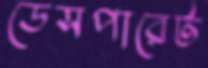
ডেসপারেট